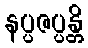
နပ္ပဇပ္ပန္တိ